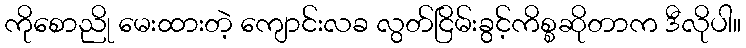
ကိုစောညို မေးထားတဲ့ ကျောင်းလခ လွတ်ငြိမ်းခွင့်ကိစ္စဆိုတာက ဒီလိုပါ။